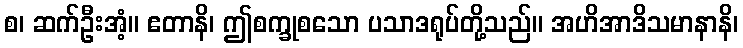
စ၊ ဆက်ဦးအံ့။ ဧတာနိ၊ ဤစက္ခုစသော ပသာဒရုပ်တို့သည်။ အဟိအာဒိသမာနာနိ၊